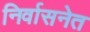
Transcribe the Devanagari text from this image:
निर्वासनेत